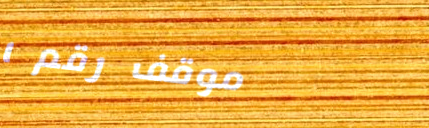
موقف رقم ١